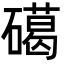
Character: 礍